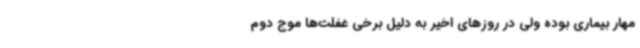
مهار بیماری بوده ولی در روزهای اخیر به دلیل برخی غفلت‌ها موج دوم